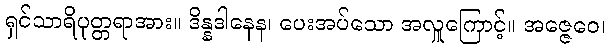
ရှင်သာရိပုတ္တရာအား။ ဒိန္နဒါနေန၊ ပေးအပ်သော အလှူကြောင့်။ အဇ္ဇေဝေ၊